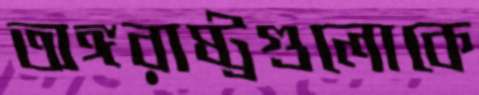
অঙ্গরাষ্ট্রগুলোকে